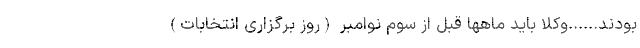
بودند......وکلا باید ماهها قبل از سوم نوامبر (روز برگزاری انتخابات)